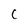
Character: C